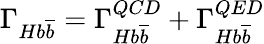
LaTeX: \Gamma_{Hb\overline{{{b}}}}=\Gamma_{Hb\overline{{{b}}}}^{QCD}+\Gamma_{Hb\overline{{{b}}}}^{QED}